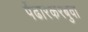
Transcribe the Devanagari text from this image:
पेंढारकरबुवा